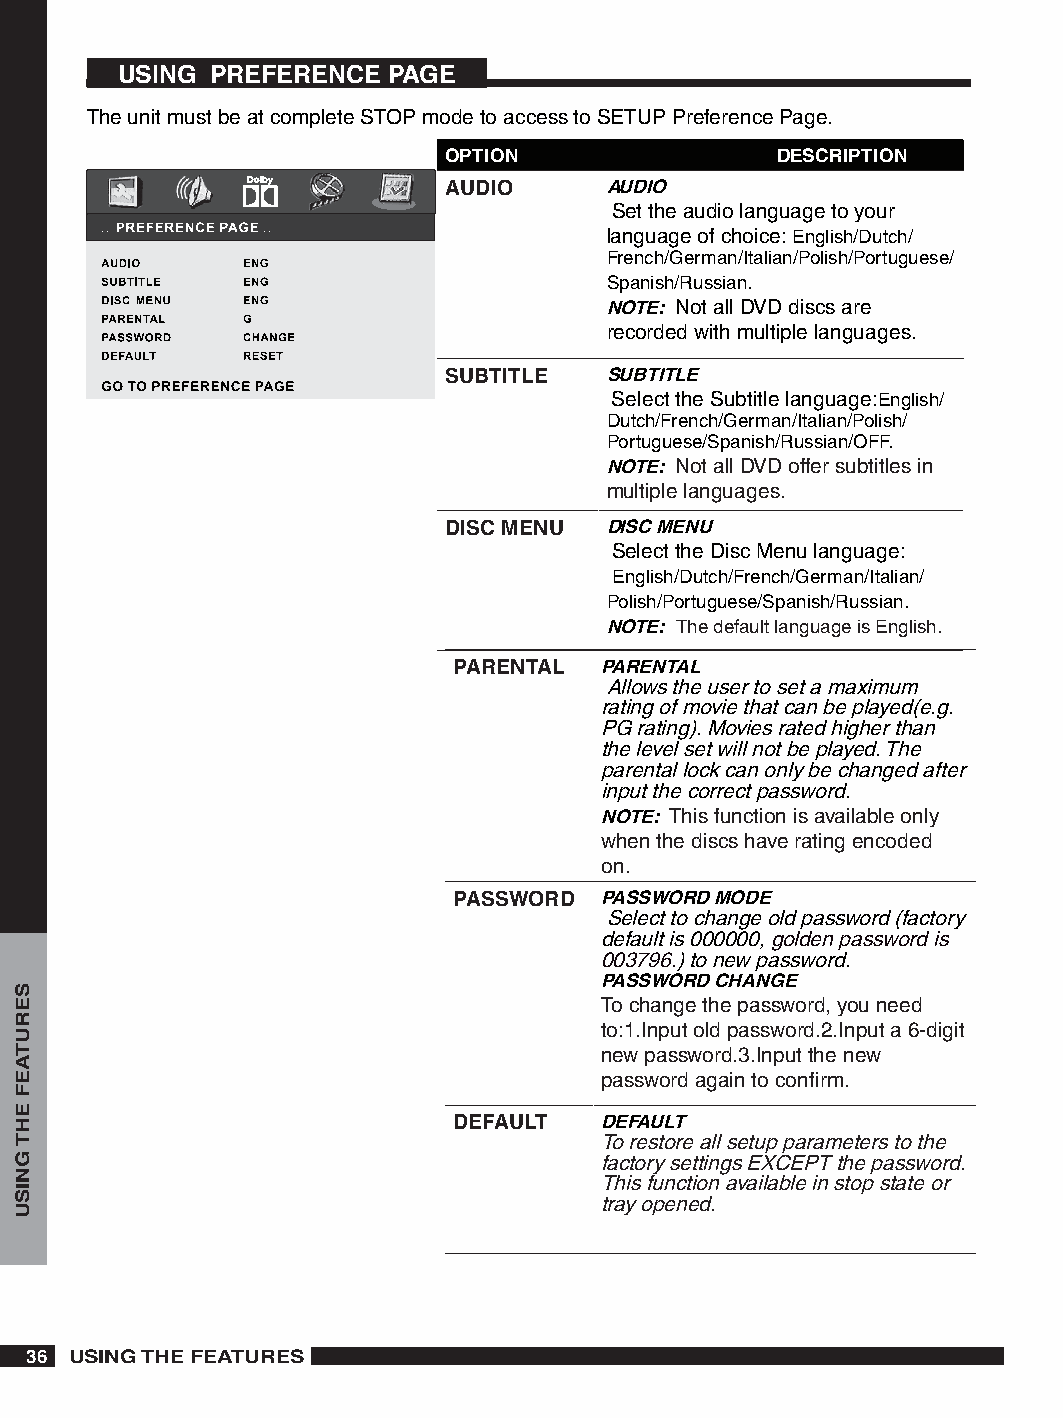
USING PREFERENCE  PAGE
 The unit must be at complete STOP mode to access to SETUP Preference Page.
 OPTION                DESCRIPTION
 AUDIO      AUDIO
 Set the audio language to your
 language of choice: English/Dutch/
 French/German/Italian/Polish/Portuguese/
 Spanish/Russian.
 NOTE: Not all DVD discs are
 recorded with multiple languages.
 SUBTITLE   SUBTITLE
 Select the Subtitle language:English/
 Dutch/French/German/Italian/Polish/
 Portuguese/Spanish/Russian/OFF.
 NOTE: Not all DVD offer subtitles in
 multiple languages.
 DISC MENU  DISC MENU
 Select the Disc Menu language:
 English/Dutch/French/German/Italian/
 Polish/Portuguese/Spanish/Russian.
 NOTE: The default language is English.
 PARENTAL  PARENTAL
 Allows the user to set a maximum
 rating of movie that can be played(e.g.
 PG rating). Movies rated higher than
 the level set will not be played. The
 parental lock can only be changed after
 input the correct password.
 NOTE: This function is available only
 when the discs have rating encoded
 on.
 PASSWORD  PASSWORD MODE
 Select to change old password (factory
 default is 000000, golden password is
 003796.) to new password.
 PASSWORD CHANGE
 To change the password, you need
 to:1.Input old password.2.Input a 6-digit
 new password.3.Input the new
 password again to confirm.
 DEFAULT   DEFAULT
 To restore all setup parameters to the
 factory settings EXCEPT the password.
 This function available in stop state or
 tray opened.
 6 USING THE FEATURES
 SERUTAEF
 EHT
 GNISU